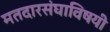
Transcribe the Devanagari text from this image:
मतदारसंघाविषयी